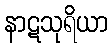
နာဋသုရိယာ